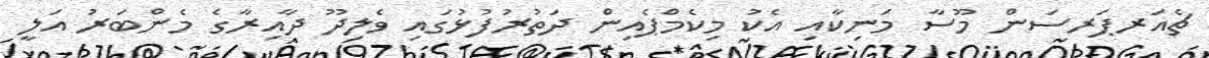
ޗެއަރޕަރސަން މޫސާ މަނިކާއި އެކު މިކެމްޕެއިން ދަތުރުފުޅުގައި ވެލިދޫ ދާއިރާގެ މެންބަރު އަލީ